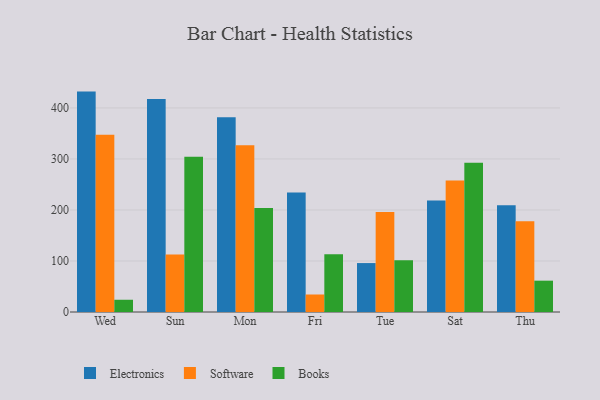
{"axis": {"x": "Day", "y": "Latency (ms)"}, "legend": ["Books", "Electronics", "Software"], "data": [{"x": "Wed", "y": 432.0, "type": "Electronics"}, {"x": "Wed", "y": 347.5, "type": "Software"}, {"x": "Wed", "y": 24.0, "type": "Books"}, {"x": "Sun", "y": 417.7, "type": "Electronics"}, {"x": "Sun", "y": 112.6, "type": "Software"}, {"x": "Sun", "y": 304.1, "type": "Books"}, {"x": "Mon", "y": 381.9, "type": "Electronics"}, {"x": "Mon", "y": 327.0, "type": "Software"}, {"x": "Mon", "y": 203.9, "type": "Books"}, {"x": "Fri", "y": 234.4, "type": "Electronics"}, {"x": "Fri", "y": 34.3, "type": "Software"}, {"x": "Fri", "y": 113.1, "type": "Books"}, {"x": "Tue", "y": 95.9, "type": "Electronics"}, {"x": "Tue", "y": 196.0, "type": "Software"}, {"x": "Tue", "y": 101.2, "type": "Books"}, {"x": "Sat", "y": 218.7, "type": "Electronics"}, {"x": "Sat", "y": 257.7, "type": "Software"}, {"x": "Sat", "y": 292.6, "type": "Books"}, {"x": "Thu", "y": 209.4, "type": "Electronics"}, {"x": "Thu", "y": 178.1, "type": "Software"}, {"x": "Thu", "y": 61.4, "type": "Books"}]}